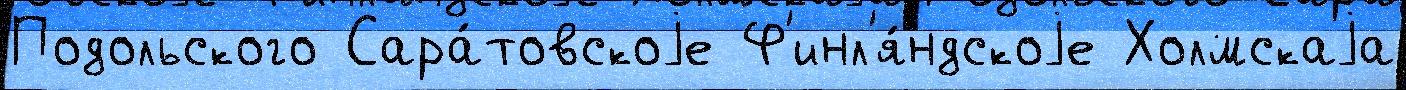
Подольского Сара́товскоjе Ф'инл'я́ндскоjе Холмскаjа